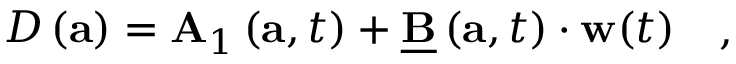
\begin{array} { r } { \begin{array} { r } { D \left( \mathbf { a } \right) = \mathbf { A } _ { 1 } \left( \mathbf { a } , t \right) + \underline { { \mathbf { B } } } \left( \mathbf { a } , t \right) \cdot \mathbf { w } ( t ) } \end{array} } \end{array} ,